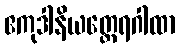
ဧကုဒါနိယတ္ထေရဂါထာ